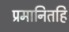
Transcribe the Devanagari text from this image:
प्रमानितहि